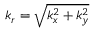
k _ { r } = \sqrt { k _ { x } ^ { 2 } + k _ { y } ^ { 2 } }